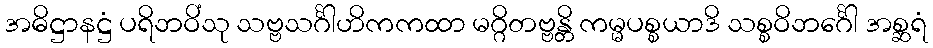
အဓိဋ္ဌာနဋ္ဌံ ပရိဘဝိံသု သဗ္ဗသင်္ဂါဟိကကထာ မဂ္ဂိတဗ္ဗန္တိ ကမ္မပစ္စယာဒိ သစ္စဝိဘင်္ဂေါ အစ္ဆရံ